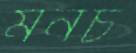
মনচ